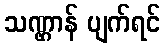
သဏ္ဌာန် ပျက်ရင်